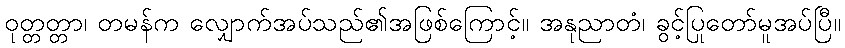
ဝုတ္တတ္တာ၊ တမန်က လျှောက်အပ်သည်၏အဖြစ်ကြောင့်။ အနုညာတံ၊ ခွင့်ပြုတော်မူအပ်ပြီ။